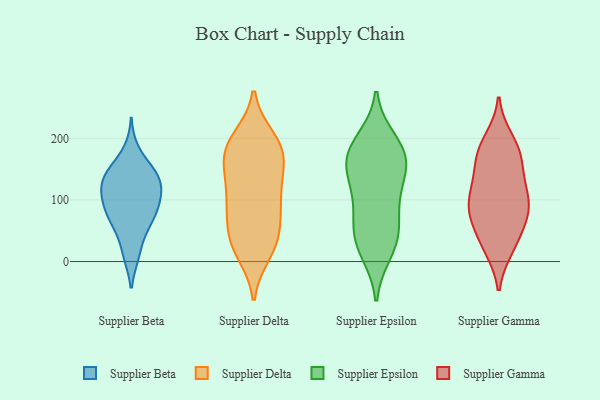
{"axis": {"x": "Population (Million)", "y": "Value"}, "legend": ["Supplier Beta", "Supplier Delta", "Supplier Epsilon", "Supplier Gamma"], "data": [{"x": "", "y": 97, "type": "Supplier Beta"}, {"x": "", "y": 138, "type": "Supplier Beta"}, {"x": "", "y": 74, "type": "Supplier Beta"}, {"x": "", "y": 143, "type": "Supplier Beta"}, {"x": "", "y": 144, "type": "Supplier Beta"}, {"x": "", "y": 146, "type": "Supplier Beta"}, {"x": "", "y": 67, "type": "Supplier Beta"}, {"x": "", "y": 12, "type": "Supplier Beta"}, {"x": "", "y": 103, "type": "Supplier Beta"}, {"x": "", "y": 14, "type": "Supplier Beta"}, {"x": "", "y": 94, "type": "Supplier Beta"}, {"x": "", "y": 179, "type": "Supplier Beta"}, {"x": "", "y": 128, "type": "Supplier Beta"}, {"x": "", "y": 61, "type": "Supplier Beta"}, {"x": "", "y": 96, "type": "Supplier Beta"}, {"x": "", "y": 60, "type": "Supplier Beta"}, {"x": "", "y": 126, "type": "Supplier Beta"}, {"x": "", "y": 120, "type": "Supplier Beta"}, {"x": "", "y": 27, "type": "Supplier Delta"}, {"x": "", "y": 184, "type": "Supplier Delta"}, {"x": "", "y": 150, "type": "Supplier Delta"}, {"x": "", "y": 156, "type": "Supplier Delta"}, {"x": "", "y": 37, "type": "Supplier Delta"}, {"x": "", "y": 184, "type": "Supplier Delta"}, {"x": "", "y": 44, "type": "Supplier Delta"}, {"x": "", "y": 107, "type": "Supplier Delta"}, {"x": "", "y": 21, "type": "Supplier Delta"}, {"x": "", "y": 159, "type": "Supplier Delta"}, {"x": "", "y": 71, "type": "Supplier Delta"}, {"x": "", "y": 96, "type": "Supplier Delta"}, {"x": "", "y": 14, "type": "Supplier Delta"}, {"x": "", "y": 130, "type": "Supplier Delta"}, {"x": "", "y": 80, "type": "Supplier Delta"}, {"x": "", "y": 97, "type": "Supplier Delta"}, {"x": "", "y": 200, "type": "Supplier Delta"}, {"x": "", "y": 195, "type": "Supplier Delta"}, {"x": "", "y": 186, "type": "Supplier Delta"}, {"x": "", "y": 186, "type": "Supplier Epsilon"}, {"x": "", "y": 160, "type": "Supplier Epsilon"}, {"x": "", "y": 196, "type": "Supplier Epsilon"}, {"x": "", "y": 26, "type": "Supplier Epsilon"}, {"x": "", "y": 94, "type": "Supplier Epsilon"}, {"x": "", "y": 127, "type": "Supplier Epsilon"}, {"x": "", "y": 49, "type": "Supplier Epsilon"}, {"x": "", "y": 16, "type": "Supplier Epsilon"}, {"x": "", "y": 122, "type": "Supplier Epsilon"}, {"x": "", "y": 162, "type": "Supplier Epsilon"}, {"x": "", "y": 41, "type": "Supplier Epsilon"}, {"x": "", "y": 167, "type": "Supplier Epsilon"}, {"x": "", "y": 173, "type": "Supplier Epsilon"}, {"x": "", "y": 70, "type": "Supplier Epsilon"}, {"x": "", "y": 120, "type": "Supplier Gamma"}, {"x": "", "y": 61, "type": "Supplier Gamma"}, {"x": "", "y": 187, "type": "Supplier Gamma"}, {"x": "", "y": 79, "type": "Supplier Gamma"}, {"x": "", "y": 164, "type": "Supplier Gamma"}, {"x": "", "y": 136, "type": "Supplier Gamma"}, {"x": "", "y": 164, "type": "Supplier Gamma"}, {"x": "", "y": 90, "type": "Supplier Gamma"}, {"x": "", "y": 35, "type": "Supplier Gamma"}, {"x": "", "y": 119, "type": "Supplier Gamma"}, {"x": "", "y": 198, "type": "Supplier Gamma"}, {"x": "", "y": 95, "type": "Supplier Gamma"}, {"x": "", "y": 82, "type": "Supplier Gamma"}, {"x": "", "y": 24, "type": "Supplier Gamma"}, {"x": "", "y": 179, "type": "Supplier Gamma"}, {"x": "", "y": 83, "type": "Supplier Gamma"}, {"x": "", "y": 22, "type": "Supplier Gamma"}]}